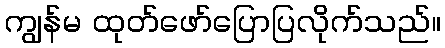
ကျွန်မ ထုတ်ဖော်ပြောပြလိုက်သည်။